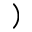
)